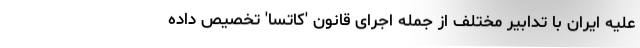
علیه ایران با تدابیر مختلف از جمله اجرای قانون 'کاتسا' تخصیص داده